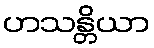
ဟသန္တိယာ